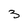
Character: 3